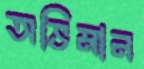
অভিমান